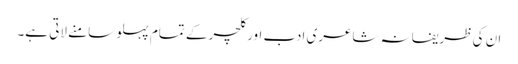
ان کی ظریفانہ شاعری ادب اور کلچر کے تمام پہلو سامنے لاتی ہے۔